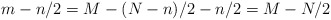
\begin{align*} m-n/2= M-(N-n)/2-n/2 = M-N/2\end{align*}